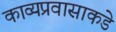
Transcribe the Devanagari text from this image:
काव्यप्रवासाकडे